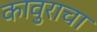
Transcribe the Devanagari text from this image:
कावुराचा